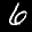
Label: 6